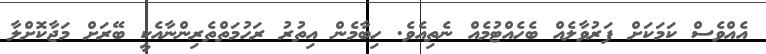
އެއްވެސް ކަމަކަށް ފަރުވާލެއް ބެހެއްޓުމެއް ނެތިއެވެ. ހިބާމެން އިތުރު ރަހުމަތްތެރިންނާއެކީ ބޭރަށް މަޖާކޮށްލާ